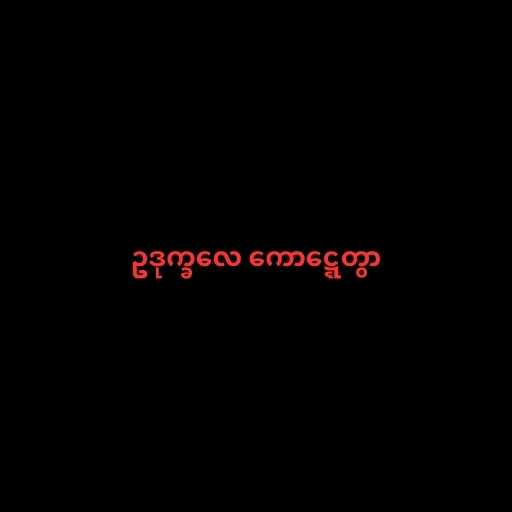
ဥဒုက္ခလေ ကောဋ္ဋေတွာ